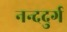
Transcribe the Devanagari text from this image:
नन्ददुर्ग